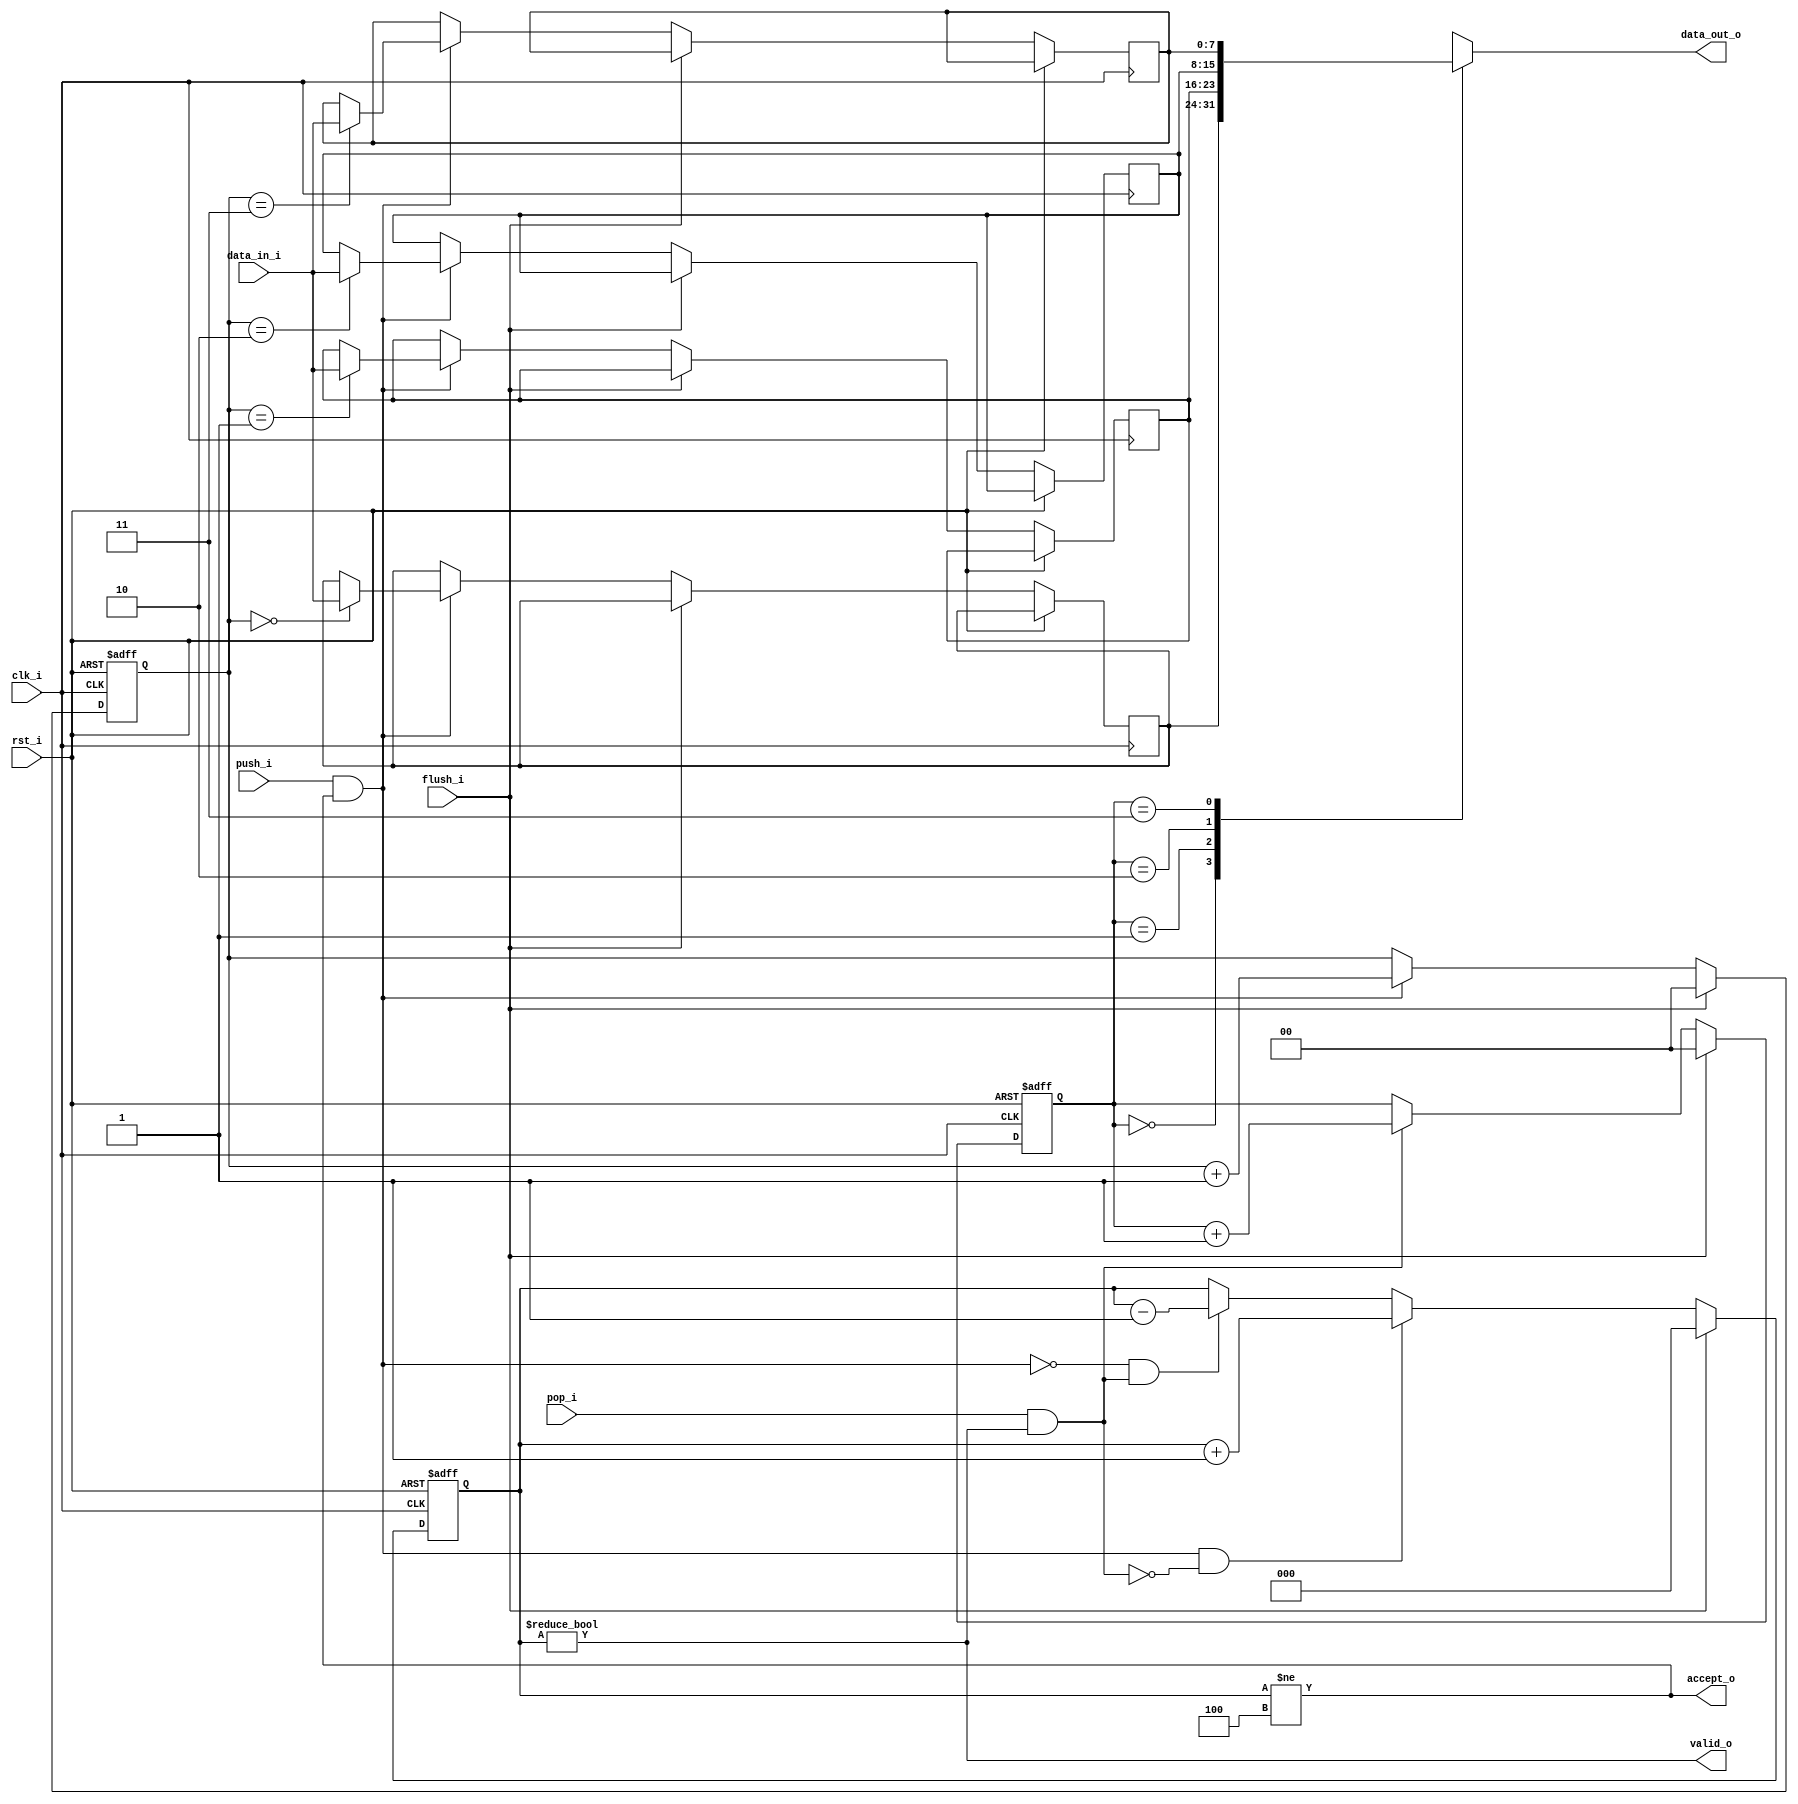
//-----------------------------------------------------------------
//                      Baseline JPEG Decoder
//                             V0.1
//                       Ultra-Embedded.com
//                        Copyright 2020
//
//                   admin@ultra-embedded.com
//-----------------------------------------------------------------
//                      License: Apache 2.0
// This IP can be freely used in commercial projects, however you may
// want access to unreleased materials such as verification environments,
// or test vectors, as well as changes to the IP for integration purposes.
// If this is the case, contact the above address.
// I am interested to hear how and where this IP is used, so please get
// in touch!
//-----------------------------------------------------------------
// Copyright 2020 Ultra-Embedded.com
// 
// Licensed under the Apache License, Version 2.0 (the "License");
// you may not use this file except in compliance with the License.
// You may obtain a copy of the License at
// 
//     http://www.apache.org/licenses/LICENSE-2.0
// 
// Unless required by applicable law or agreed to in writing, software
// distributed under the License is distributed on an "AS IS" BASIS,
// WITHOUT WARRANTIES OR CONDITIONS OF ANY KIND, either express or implied.
// See the License for the specific language governing permissions and
// limitations under the License.
//-----------------------------------------------------------------

module jpeg_idct_fifo
//-----------------------------------------------------------------
// Params
//-----------------------------------------------------------------
#(
     parameter WIDTH            = 8
    ,parameter DEPTH            = 4
    ,parameter ADDR_W           = 2
)
//-----------------------------------------------------------------
// Ports
//-----------------------------------------------------------------
(
    // Inputs
     input           clk_i
    ,input           rst_i
    ,input  [WIDTH-1:0]  data_in_i
    ,input           push_i
    ,input           pop_i
    ,input           flush_i

    // Outputs
    ,output [WIDTH-1:0]  data_out_o
    ,output          accept_o
    ,output          valid_o
);



//-----------------------------------------------------------------
// Local Params
//-----------------------------------------------------------------
localparam COUNT_W = ADDR_W + 1;

//-----------------------------------------------------------------
// Registers
//-----------------------------------------------------------------
reg [WIDTH-1:0]   ram_q[DEPTH-1:0];
reg [ADDR_W-1:0]  rd_ptr_q;
reg [ADDR_W-1:0]  wr_ptr_q;
reg [COUNT_W-1:0] count_q;

//-----------------------------------------------------------------
// Sequential
//-----------------------------------------------------------------
always @ (posedge clk_i or posedge rst_i)
if (rst_i)
begin
    count_q   <= {(COUNT_W) {1'b0}};
    rd_ptr_q  <= {(ADDR_W) {1'b0}};
    wr_ptr_q  <= {(ADDR_W) {1'b0}};
end
else if (flush_i)
begin
    count_q   <= {(COUNT_W) {1'b0}};
    rd_ptr_q  <= {(ADDR_W) {1'b0}};
    wr_ptr_q  <= {(ADDR_W) {1'b0}};
end
else
begin
    // Push
    if (push_i & accept_o)
    begin
        ram_q[wr_ptr_q] <= data_in_i;
        wr_ptr_q        <= wr_ptr_q + 1;
    end

    // Pop
    if (pop_i & valid_o)
        rd_ptr_q      <= rd_ptr_q + 1;

    // Count up
    if ((push_i & accept_o) & ~(pop_i & valid_o))
        count_q <= count_q + 1;
    // Count down
    else if (~(push_i & accept_o) & (pop_i & valid_o))
        count_q <= count_q - 1;
end

//-------------------------------------------------------------------
// Combinatorial
//-------------------------------------------------------------------
/* verilator lint_off WIDTH */
assign valid_o       = (count_q != 0);
assign accept_o      = (count_q != DEPTH);
/* verilator lint_on WIDTH */

assign data_out_o    = ram_q[rd_ptr_q];



endmodule